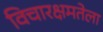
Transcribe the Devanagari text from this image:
विचारक्षमतेला